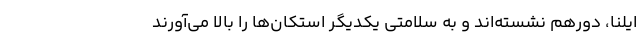
ایلنا، دورهم نشسته‌اند و به سلامتی یکدیگر استکان‌ها را بالا می‌آورند